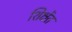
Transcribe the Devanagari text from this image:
शिक्षेंत